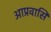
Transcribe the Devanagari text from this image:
आप्रवासि